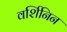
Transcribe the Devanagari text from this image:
वर्शिनिन